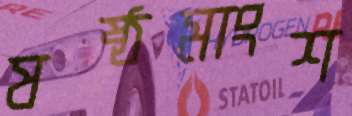
ষষ্ঠমাংশ